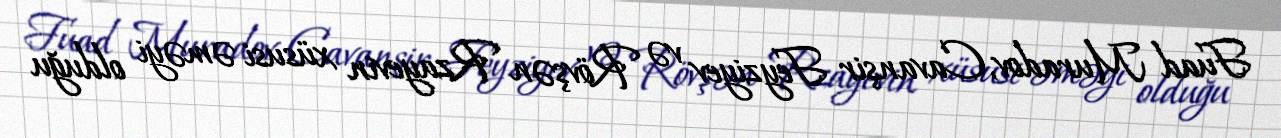
Fuad Muradov, Cavanşir Feyziyev və Rövşən Rzayevin xüsusi əməyi olduğu